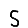
Digit: 5